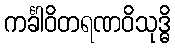
ကင်္ခါဝိတရဏဝိသုဒ္ဓိ